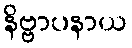
နိဗ္ဗာပနာယ